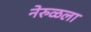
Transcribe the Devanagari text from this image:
नेरुळला